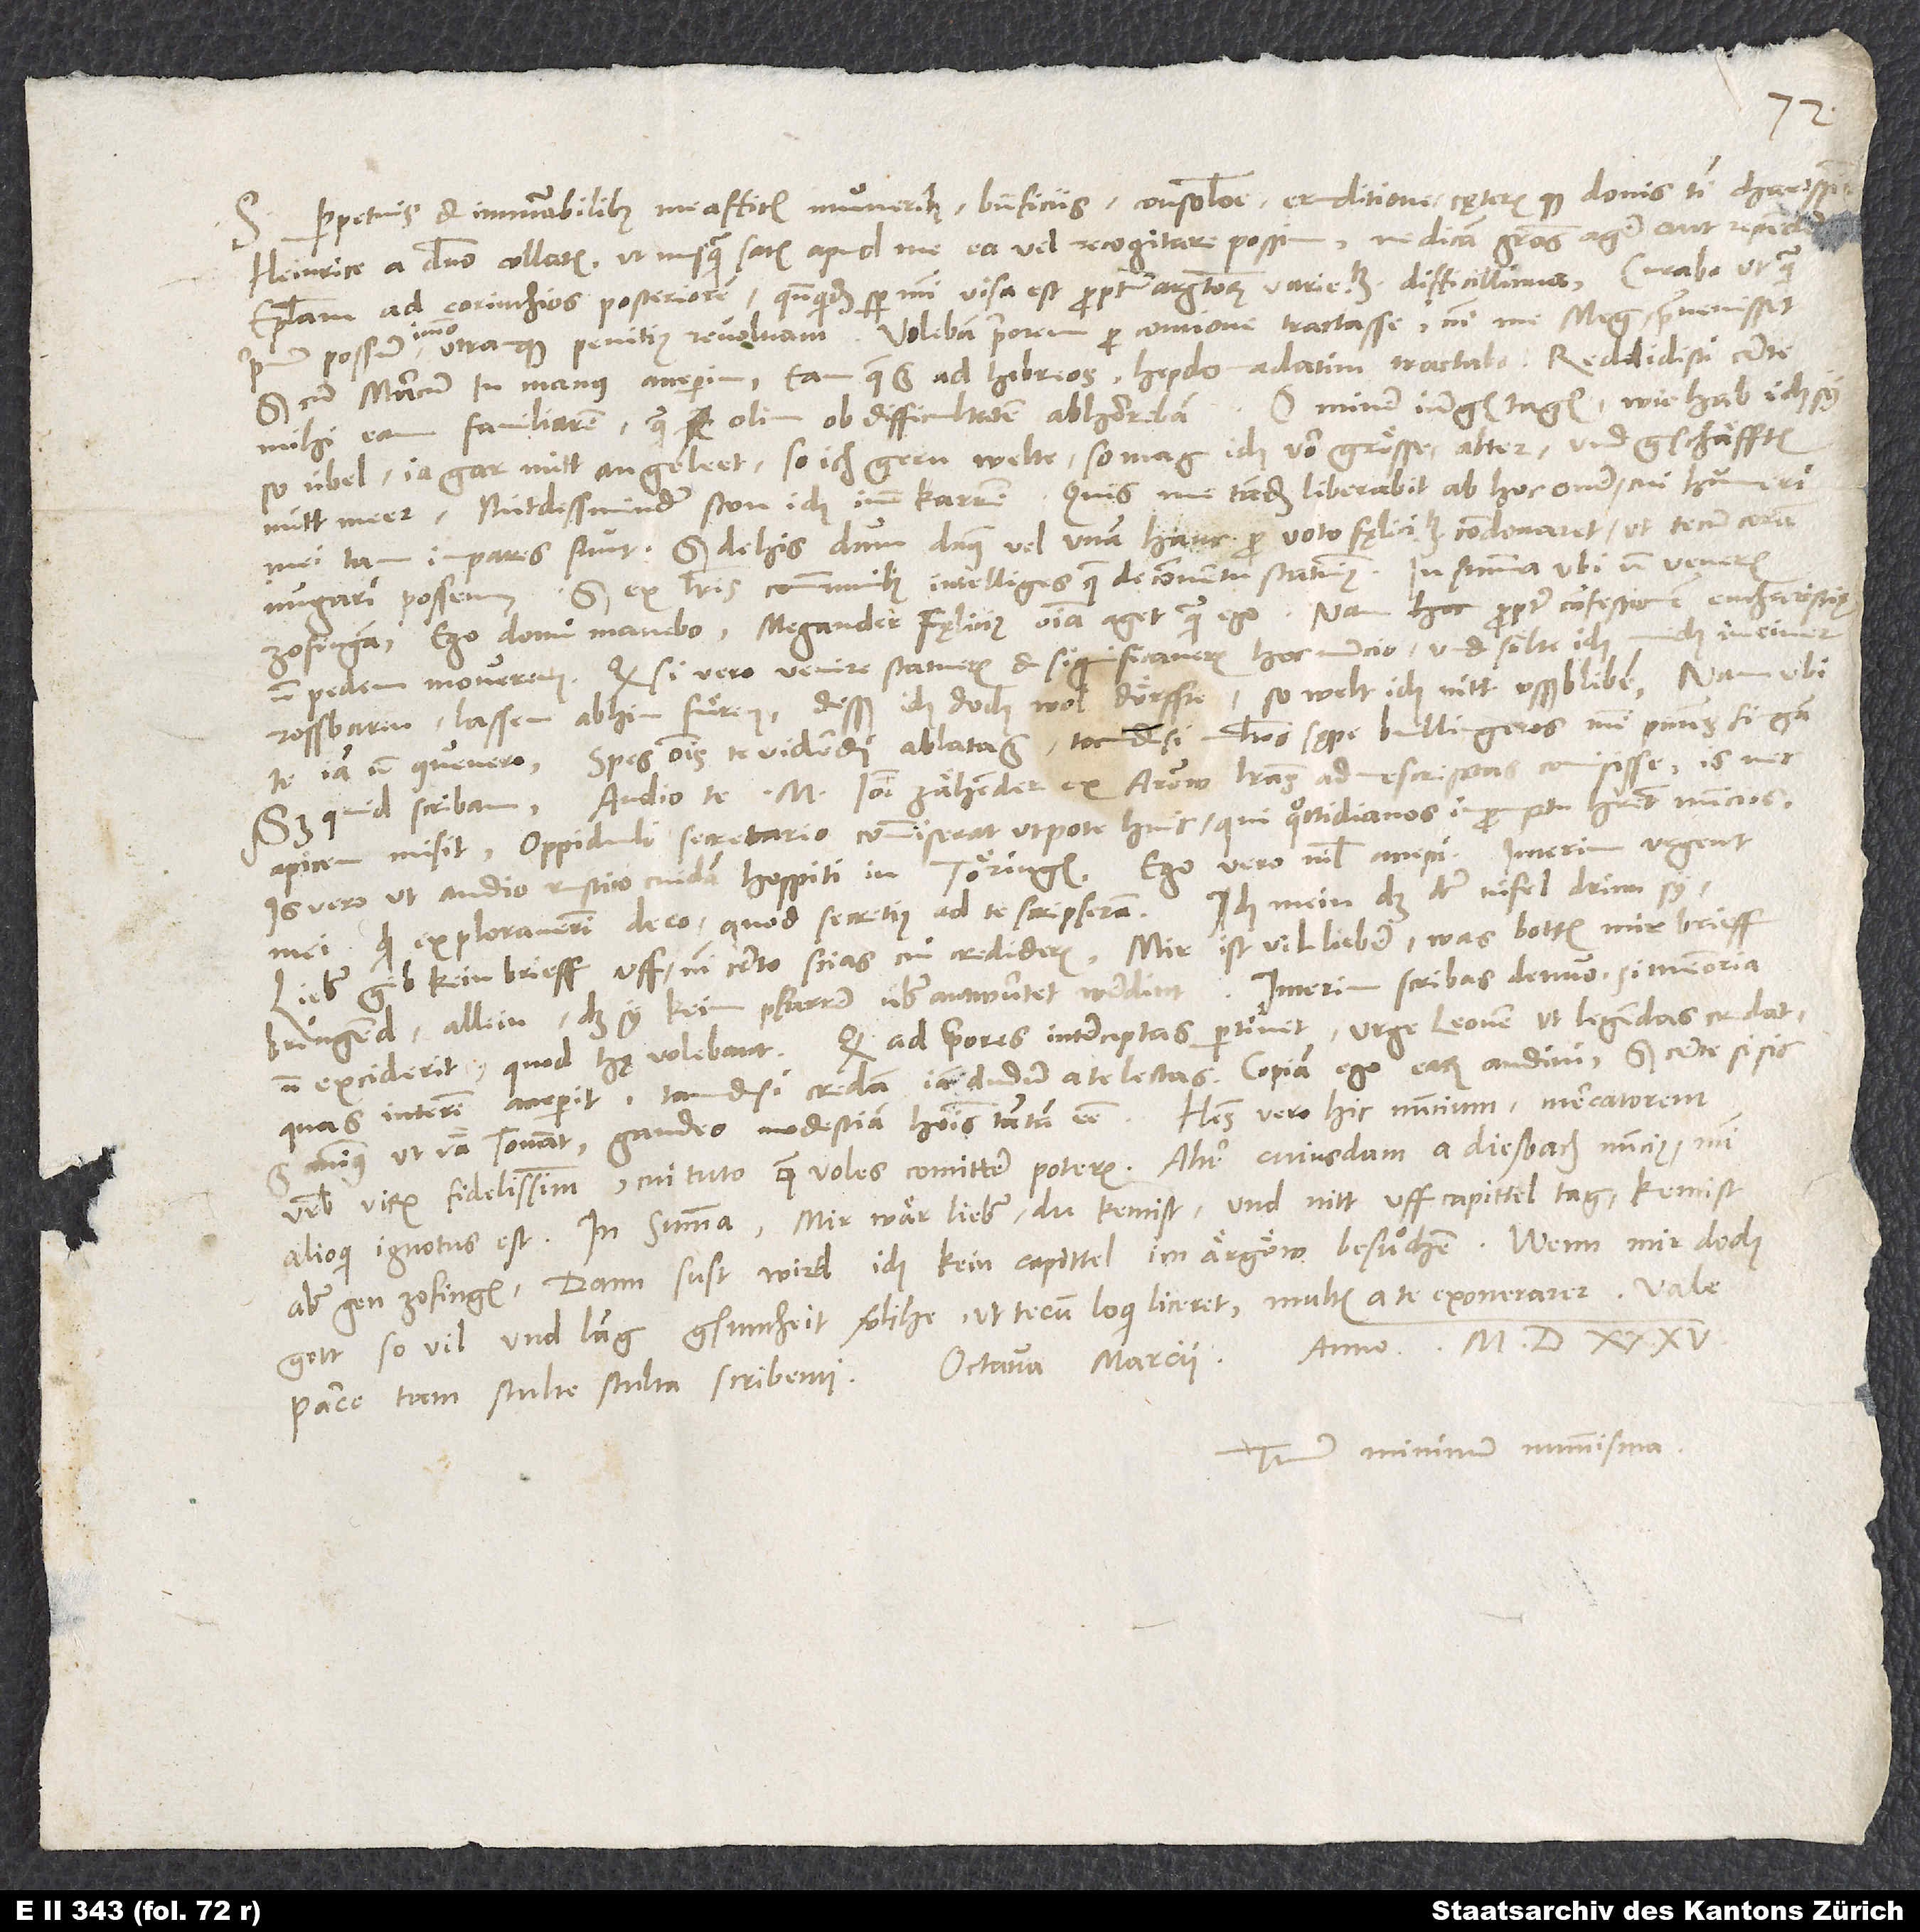
Perpetuis et innumerabilibus me afficis muneribus, beneficiis, consolatione, eruditione cęterisque donis tibi, charissime
S.
Heinrice, a domino collatis, ut nusquam satis apud me ea vel recogitare possim, ne dicam gratias agere aut rependere.
Epistolam ad Corinthios posteriorem, quandoquidem semper mihi visa est propter argumentorum varietatem difficillima, curabo ut quam
possum, immo utranque penitius revolvam. Volebam priorem pro contione tractasse, nisi me Megander praevenisset,
sed cum Marcum in manus acceperim, eam, quae est ad Hebreos, hepdomadatim tractabo. Reddidisti certe
O miner jungen tagen, wie hab ich sy
mihi eam familiarem, quam olim ob difficultatem abhorrebam.
so übel, ja gar nütt angeleet! So ich gern welte, so mag ich vor grösse, alter und gschäfften
nütt meer. Nütdessminder ston ich imm karren. Quis me tandem liberabit ab hoc onere, cui humeri
nugari possem. Sed ex literis communibus intelliges, quae de conventu statuimus. In summa: Ubi non veneris
Zofingam, ego domi manebo. Megander fęlicius omnia aget quam ego. Nam propter confessionem eucharistię
non pedem moverem. Quodsi vero venire statueris et significaveris hoc nuncio, und sölte ich mich in einer
rossbaren lassen abhin fuͤren, desß ich doch wol dörffte, so welt ich nitt usßbliben. Nam ubi
te iam non convenero, spes omnis te videndi ablata est, tametsi multos sępe Bullingeros mihi praesentes fingam.
Audio te M. Ioanni Zähender ex Arouw literas ad me scriptas comisisse. Is nec
Sed quid scribam?
apicem misit; oppiduli secretario commiserat utpote huic, qui quottidianos in promptu haberet nuncios,
is vero, ut audio, rustico cuidam, hospiti in Töringen. Ego vero nihil accepi. Interim urgent
mei, quid exploraverim de eo, quod secretius ad te scripseram. Ich mein, daß der tüfel drinn sy.
Lieber, gib kein brieff uff, nisi certo scias, cui credideris. Mir ist viel lieber, was botten mir brieff
bringend, allein daß sy keim pfarrer überantwurtet werdint. Interim scribas denuo, si memoria
quas interim acceperit, tametsi credam iam dudum a te lectas. Copiam ego earum audivi, sed certe, si sic
urbis, virum fidelissimum, cui tuto, quae voles, comittere poteris. Alter, cuiusdam a Diesbach nuncius, mihi
aber gen Zofingen, dann sust wird ich kein capittel im Ärgöw besuͦchen. Wenn mir doch
gott so vil und lang gsuntheit verlihe, ut tecum loqui liceret, multis a te exonerarer.
Octava marcii anno 1535.
Parce tam stulte stulta scribenti.
Tuum minimum nummisma.